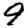
Digit: 9